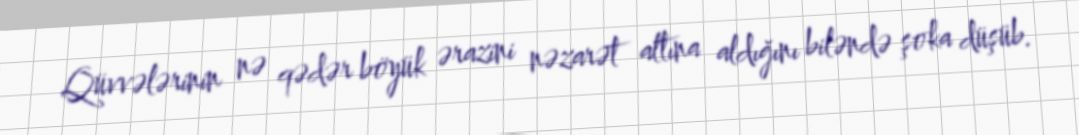
Qüvvələrinin nə qədər böyük ərazini nəzarət altına aldığını biləndə şoka düşüb.